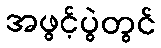
အဖွင့်ပွဲတွင်